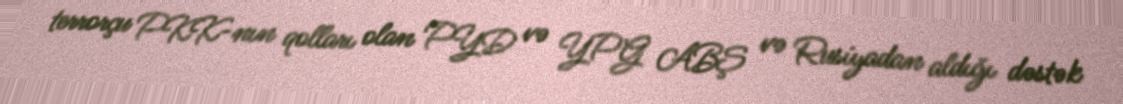
terrorçu PKK-nın qolları olan PYD və YPG ABŞ və Rusiyadan aldığı dəstək